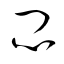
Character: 悶